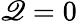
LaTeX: \mathscr{Q}=0